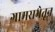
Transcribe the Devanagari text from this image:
ग्रामसभेतून